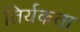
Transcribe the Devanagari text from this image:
तिर्यकता